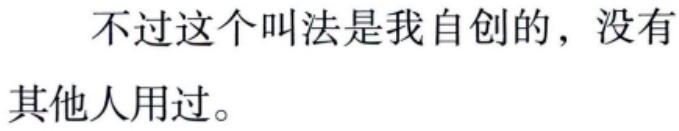
不过这个叫法是我自创的，没有其他人用过。